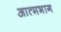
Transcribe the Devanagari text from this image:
आत्मभाग